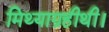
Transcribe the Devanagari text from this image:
मिथ्याग्रहीथी।